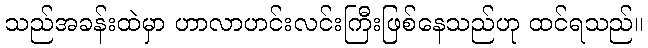
သည်အခန်းထဲမှာ ဟာလာဟင်းလင်းကြီးဖြစ်နေသည်ဟု ထင်ရသည်။